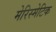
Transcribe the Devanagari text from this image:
मेरिस्मेटिक